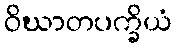
ဝိဃာတပက္ခိယံ